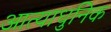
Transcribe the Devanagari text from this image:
आत्याधुनिक